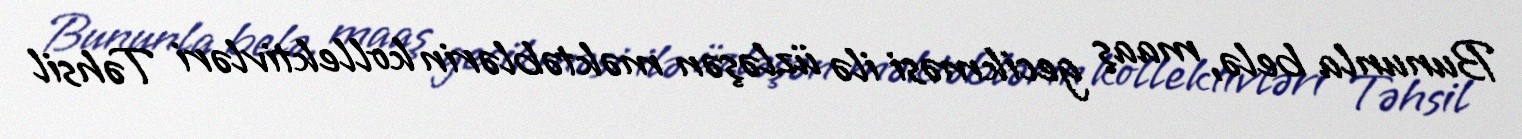
Bununla belə, maaş gecikməsi ilə üzləşən məktəblərin kollektivləri Təhsil